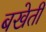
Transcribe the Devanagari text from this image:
बखेती